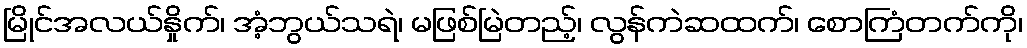
မြိုင်အလယ်နှိုက်၊ အံ့ဘွယ်သရဲ၊ မဖြစ်မြဲတည့်၊ လွန်ကဲဆထက်၊ စောကြံတက်ကို၊